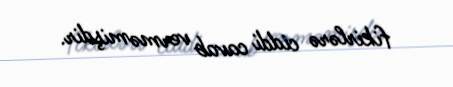
fikirlərə ciddi cavab verməmişdir.